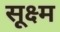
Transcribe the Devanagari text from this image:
सू़क्ष्म